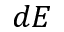
d E